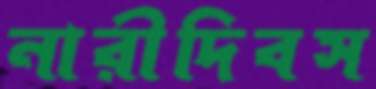
নারীদিবস